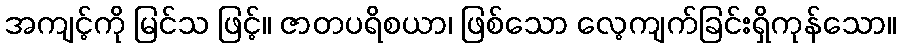
အကျင့်ကို မြင်သ ဖြင့်။ ဇာတပရိစယာ၊ ဖြစ်သော လေ့ကျက်ခြင်းရှိကုန်သော။